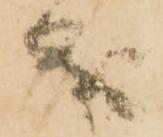
成